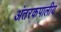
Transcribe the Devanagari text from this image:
अंतरकपालीय